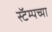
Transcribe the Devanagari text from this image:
स्टॅम्पच्या